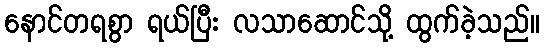
နောင်တရစွာ ရယ်ပြီး လသာဆောင်သို့ ထွက်ခဲ့သည်။